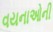
વયનાઓની